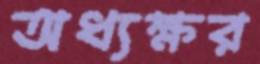
অধ্যক্ষর